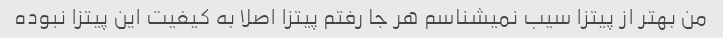
من بهتر از پیتزا سیب نمیشناسم هر جا رفتم پیتزا اصلا به کیفیت این پیتزا نبوده